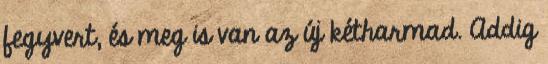
fegyvert, és meg is van az új kétharmad. Addig